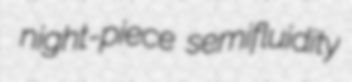
night-piece semifluidity